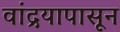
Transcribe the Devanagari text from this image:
वांद्रयापासून